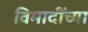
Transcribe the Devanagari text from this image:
विमादींच्या